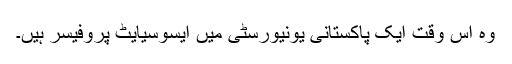
وہ اس وقت ایک پاکستانی یونیورسٹی میں ایسوسیایٹ پروفیسر ہیں۔